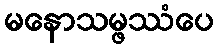
မနောသမ္ဖဿံပေ